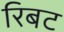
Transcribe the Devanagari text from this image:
रिबट